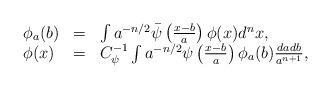
LaTeX: \begin{align*}\begin{array}{lcl}\phi_a(b) &=& \int a^{-n/2}\bar\psi\left(\frac{x-b}{a}\right)\phi(x)d^nx, \\\phi(x)&=& C_\psi^{-1}\int a^{-n/2}\psi\left(\frac{x-b}{a}\right)\phi_a(b)\frac{dadb}{a^{n+1}},\end{array} \end{align*}